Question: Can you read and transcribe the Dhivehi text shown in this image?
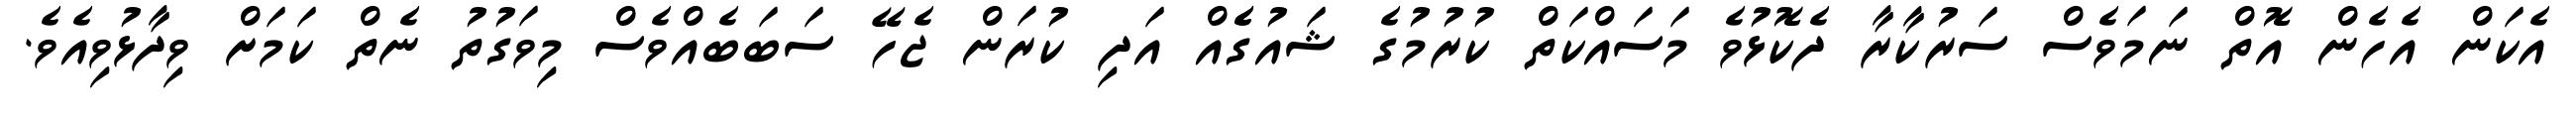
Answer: އެކަން އެހެން އޮތް ނަމަވެސް ސަރުކާރާ ދެކޮޅުވެ މަސައްކަތް ކުރުމުގެ ޝައުގެެއް އަދި ކުރަން ޖެހޭ ސަބަބެއްވެސް މިވަގުތު ނެތް ކަމަށް ވިދާޅުވިއެވެ.